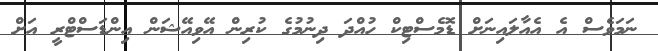
ނަމަވެސް އެ އެއާލައިނަށް ޑޮމެސްޓިކް ހުއްދަ ދިނުމުގެ ކުރިން އޭވިއޭޝަން އިންޑަސްޓްރީ އަށް